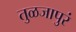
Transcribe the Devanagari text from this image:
तुळजापुरं